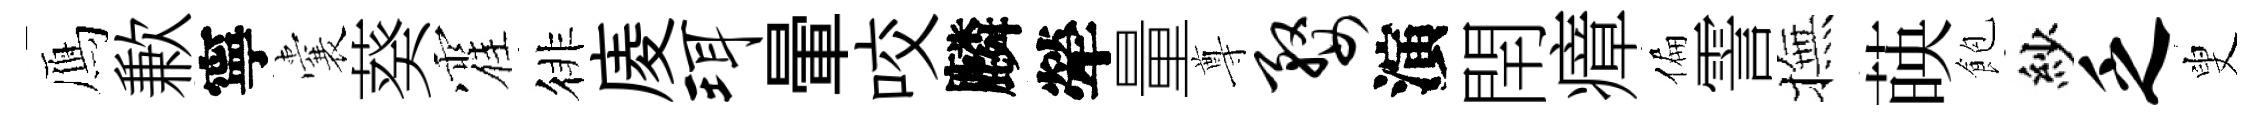
鴈歉寧囊葵霍徘庱珥暈咬麟犖量尊婺演閈瘴偏霅撫𦴤飽紗乏叟